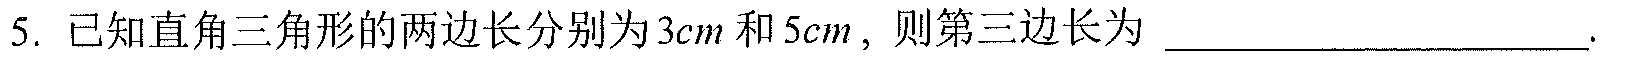
5. 已知直角三角形的两边长分别为\(3cm\)和\(5cm\)，则第三边长为  ．